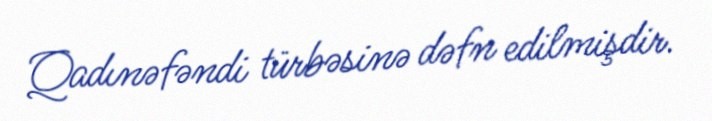
Qadınəfəndi türbəsinə dəfn edilmişdir.